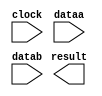
// megafunction wizard: %LPM_MULT%VBB%
// GENERATION: STANDARD
// VERSION: WM1.0
// MODULE: lpm_mult 

// ============================================================
// Megafunction Name(s):
// 			lpm_mult
//
// Simulation Library Files(s):
// 			lpm
// ============================================================
// ************************************************************
// THIS IS A WIZARD-GENERATED FILE. DO NOT EDIT THIS FILE!
//
// 13.0.1 Build 232 06/12/2013 SP 1 SJ Web Edition
// ************************************************************

//Copyright (C) 1991-2013 Altera Corporation
//Your use of Altera Corporation's design tools, logic functions 
//and other software and tools, and its AMPP partner logic 
//functions, and any output files from any of the foregoing 
//(including device programming or simulation files), and any 
//associated documentation or information are expressly subject 
//to the terms and conditions of the Altera Program License 
//Subscription Agreement, Altera MegaCore Function License 
//Agreement, or other applicable license agreement, including, 
//without limitation, that your use is for the sole purpose of 
//programming logic devices manufactured by Altera and sold by 
//Altera or its authorized distributors.  Please refer to the 
//applicable agreement for further details.

module SignedMul (
	clock,
	dataa,
	datab,
	result);

	input	  clock;
	input	[15:0]  dataa;
	input	[15:0]  datab;
	output	[31:0]  result;

endmodule

// ============================================================
// CNX file retrieval info
// ============================================================
// Retrieval info: PRIVATE: AutoSizeResult NUMERIC "1"
// Retrieval info: PRIVATE: B_isConstant NUMERIC "0"
// Retrieval info: PRIVATE: ConstantB NUMERIC "0"
// Retrieval info: PRIVATE: INTENDED_DEVICE_FAMILY STRING "Cyclone IV E"
// Retrieval info: PRIVATE: LPM_PIPELINE NUMERIC "1"
// Retrieval info: PRIVATE: Latency NUMERIC "1"
// Retrieval info: PRIVATE: SYNTH_WRAPPER_GEN_POSTFIX STRING "0"
// Retrieval info: PRIVATE: SignedMult NUMERIC "1"
// Retrieval info: PRIVATE: USE_MULT NUMERIC "1"
// Retrieval info: PRIVATE: ValidConstant NUMERIC "0"
// Retrieval info: PRIVATE: WidthA NUMERIC "16"
// Retrieval info: PRIVATE: WidthB NUMERIC "16"
// Retrieval info: PRIVATE: WidthP NUMERIC "32"
// Retrieval info: PRIVATE: aclr NUMERIC "0"
// Retrieval info: PRIVATE: clken NUMERIC "0"
// Retrieval info: PRIVATE: new_diagram STRING "1"
// Retrieval info: PRIVATE: optimize NUMERIC "0"
// Retrieval info: LIBRARY: lpm lpm.lpm_components.all
// Retrieval info: CONSTANT: LPM_HINT STRING "MAXIMIZE_SPEED=5"
// Retrieval info: CONSTANT: LPM_PIPELINE NUMERIC "1"
// Retrieval info: CONSTANT: LPM_REPRESENTATION STRING "SIGNED"
// Retrieval info: CONSTANT: LPM_TYPE STRING "LPM_MULT"
// Retrieval info: CONSTANT: LPM_WIDTHA NUMERIC "16"
// Retrieval info: CONSTANT: LPM_WIDTHB NUMERIC "16"
// Retrieval info: CONSTANT: LPM_WIDTHP NUMERIC "32"
// Retrieval info: USED_PORT: clock 0 0 0 0 INPUT NODEFVAL "clock"
// Retrieval info: USED_PORT: dataa 0 0 16 0 INPUT NODEFVAL "dataa[15..0]"
// Retrieval info: USED_PORT: datab 0 0 16 0 INPUT NODEFVAL "datab[15..0]"
// Retrieval info: USED_PORT: result 0 0 32 0 OUTPUT NODEFVAL "result[31..0]"
// Retrieval info: CONNECT: @clock 0 0 0 0 clock 0 0 0 0
// Retrieval info: CONNECT: @dataa 0 0 16 0 dataa 0 0 16 0
// Retrieval info: CONNECT: @datab 0 0 16 0 datab 0 0 16 0
// Retrieval info: CONNECT: result 0 0 32 0 @result 0 0 32 0
// Retrieval info: GEN_FILE: TYPE_NORMAL SignedMul.v TRUE
// Retrieval info: GEN_FILE: TYPE_NORMAL SignedMul.inc FALSE
// Retrieval info: GEN_FILE: TYPE_NORMAL SignedMul.cmp FALSE
// Retrieval info: GEN_FILE: TYPE_NORMAL SignedMul.bsf FALSE
// Retrieval info: GEN_FILE: TYPE_NORMAL SignedMul_inst.v FALSE
// Retrieval info: GEN_FILE: TYPE_NORMAL SignedMul_bb.v TRUE
// Retrieval info: LIB_FILE: lpm